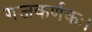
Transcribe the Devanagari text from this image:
गजकर्णकः।